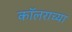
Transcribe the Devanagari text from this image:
कॉलराच्या